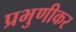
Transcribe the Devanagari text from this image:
प्रभुणीकर